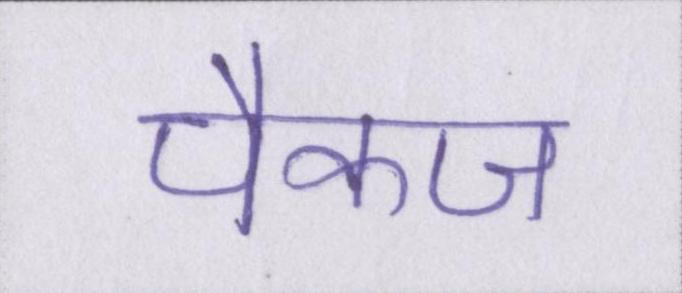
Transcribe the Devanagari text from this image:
पैकज